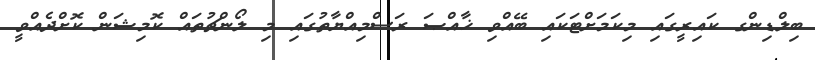
ބިލްޑިންގ ކައިރީގައި މިކަމަށްޓަކައި ބޭއްވި ޚާއްޞަ ރަސްމިއްޔާތުގައި މި ލޯންޗުތައް ކޮމިޝަން ކޮށްދެއްވީ